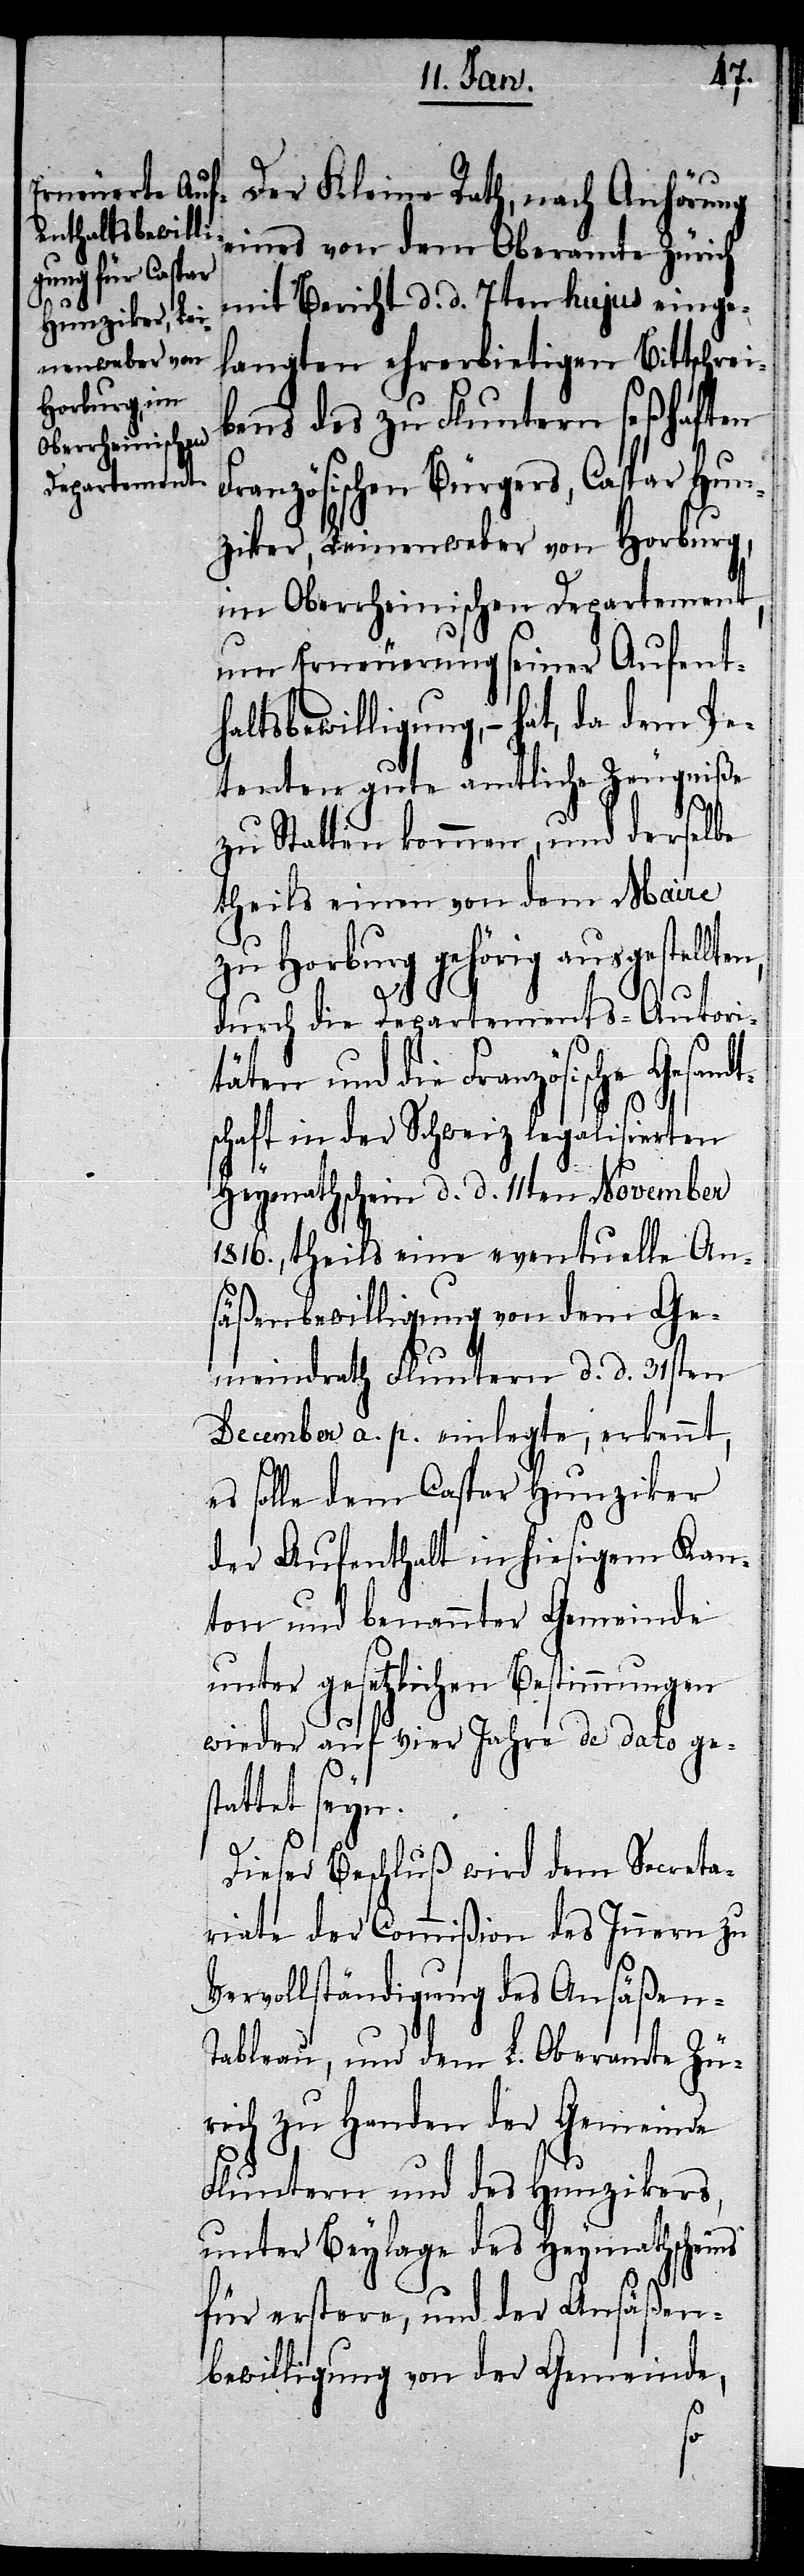
Der Kleine Rath, nach Anhörung
eines von dem Oberamte Zürich
mit Bericht d. d. 7ten hujus einge¬
langten ehrerbietigen Bittschrei¬
bens des zu Fluntern seßhaften
Französischen Bürgers, Caspar Hun¬
ziker, Leinenweber von Horburg,
im Oberrheinischen Departement,
um Erneuerung seiner Aufent¬
haltsbewilligung, – hat, da dem Pe¬
tenten gute amtliche Zeugniße
zu Statten kommen, und derselbe
theils einen von dem Maire
zu Horburg gehörig ausgestellte¬
durch die Departements-Autori¬
täten und die Französische Gesandt¬
n,
schaft in der Schweiz legalisierten
Heymathschein d. d. 11ten November
1816., theils eine eventuelle An¬
säßenbewilligung von dem Ge¬
meindrath Fluntern d. d. 31sten
December a. p. einlegte, erkennt,
es solle dem Caspar Hunziker
der Aufenthalt in hiesigem Kan¬
ton und benannter Gemeinde
unter gesetzlichen Bestimmungen
wieder auf vier Jahre de dato ges¬
tattet seyn.
Dieser Beschluß wird dem Secreta¬
riate der Commißon des Innern zu
Vervollständigung des Ansäßen-T¬
ableau, und dem L. Oberamte Zü¬
rich zu Handen der Gemeinde
Fluntern und des Hunzikers,
unter Beylage des Heymathscheins
für erstere, und der Ansäßen¬
bewilligung von der Gemeinde,